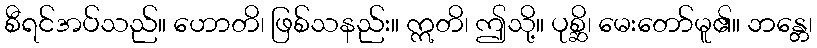
စီရင်အပ်သည်။ ဟောတိ၊ ဖြစ်သနည်း။ ဣတိ၊ ဤသို့။ ပုစ္ဆိ၊ မေးတော်မူ၏။ ဘန္တေ၊